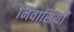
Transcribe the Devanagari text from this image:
निवासियोँ